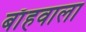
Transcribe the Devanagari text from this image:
बाँहवाला